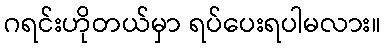
ဂရင်းဟိုတယ်မှာ ရပ်ပေးရပါမလား။